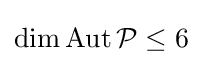
\dim \operatorname {Aut} {\mathcal {P}}\leq 6